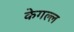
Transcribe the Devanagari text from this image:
केगल्ल